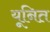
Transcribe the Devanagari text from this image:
यूनित